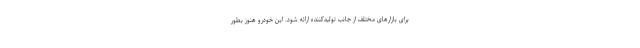
برای بازارهای مختلف از جانب تولیدکننده ارائه شود. این خودرو هنوز بطور